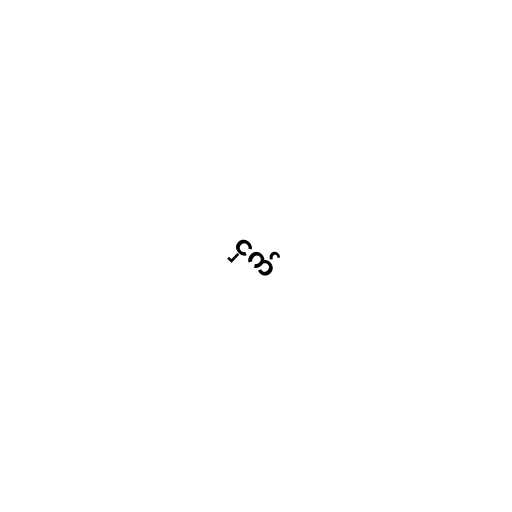
ငှက်